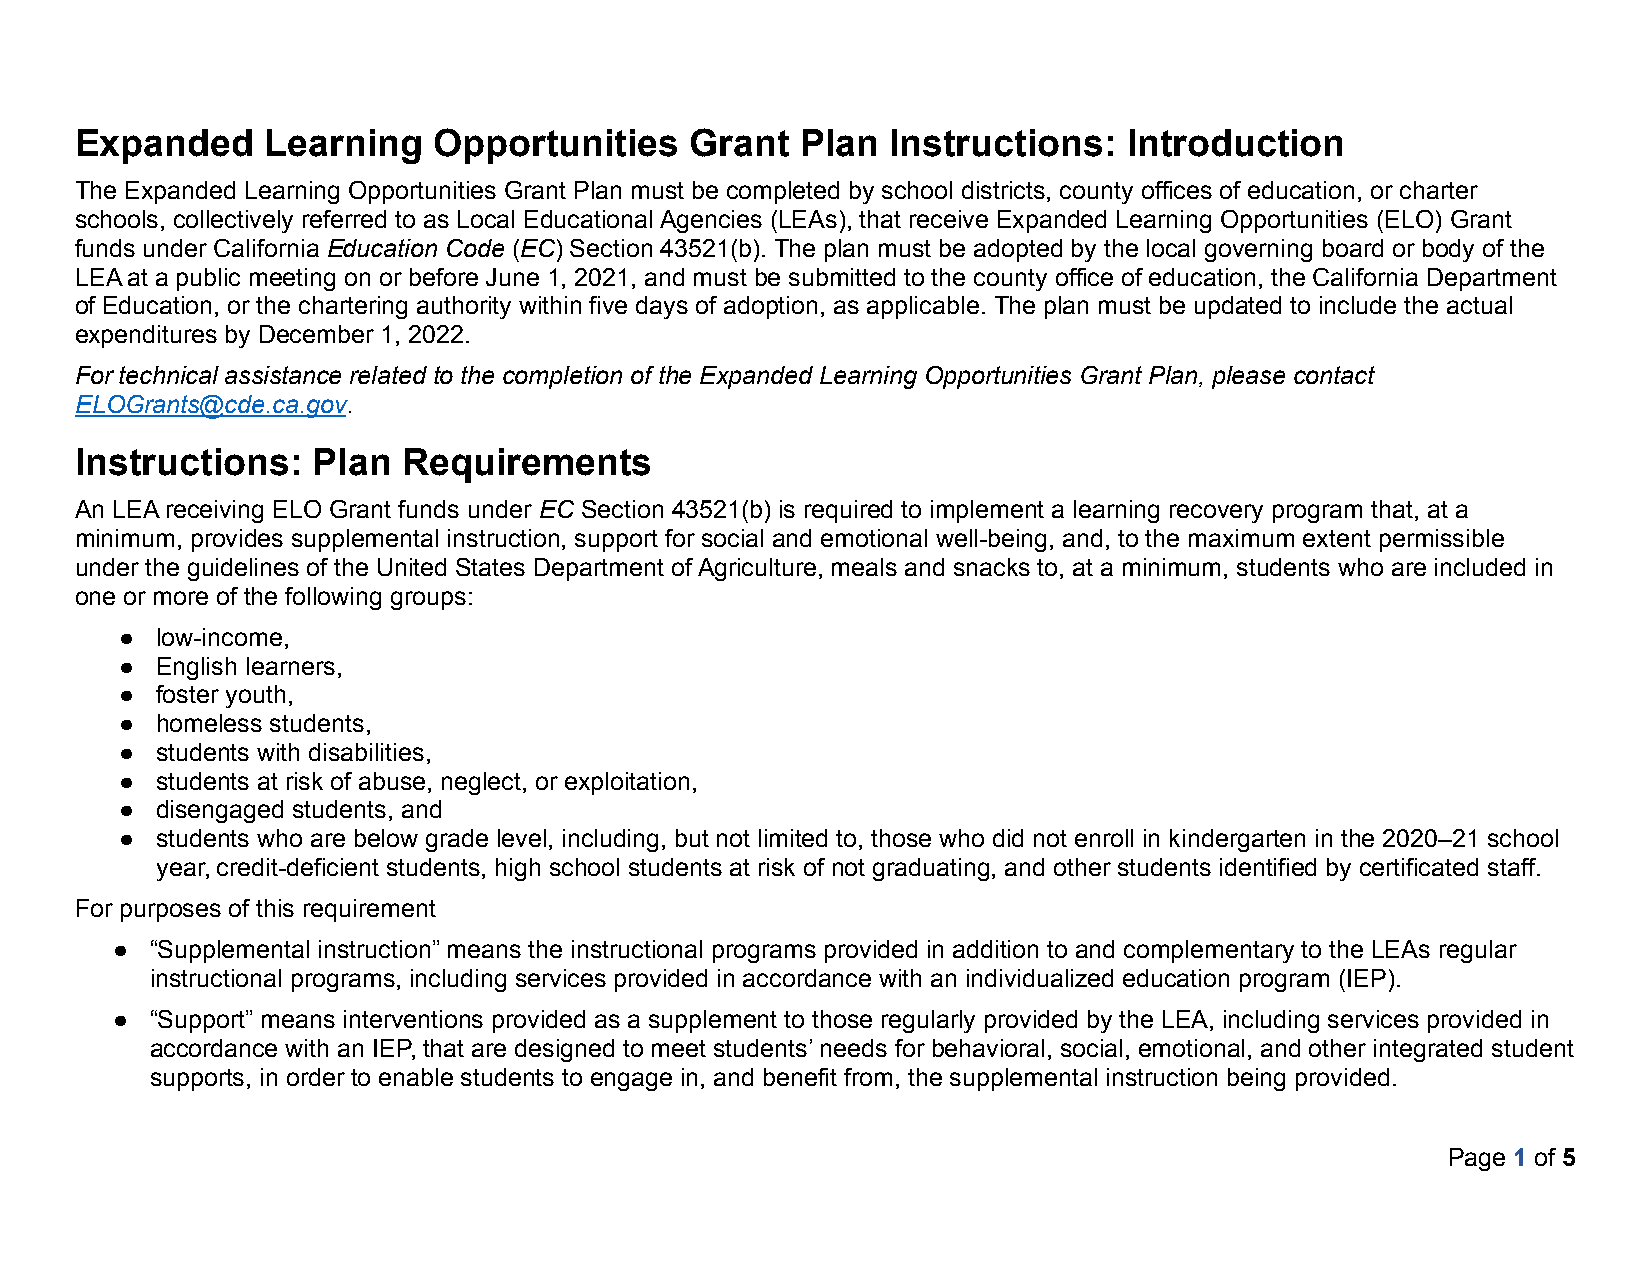
Expanded     Learning   Opportunities    Grant  Plan  Instructions:   Introduction
 The Expanded Learning Opportunities Grant Plan must be completed by school districts, county offices of education, or charter
 schools, collectively referred to as Local Educational Agencies (LEAs), that receive Expanded Learning Opportunities (ELO) Grant
 funds under California Education Code (EC) Section 43521(b). The plan must be adopted by the local governing board or body of the
 LEA at a public meeting on or before June 1, 2021, and must be submitted to the county office of education, the California Department
 of Education, or the chartering authority within five days of adoption, as applicable. The plan must be updated to include the actual
 expenditures by December 1, 2022.
 For technical assistance related to the completion of the Expanded Learning Opportunities Grant Plan, please contact
 ELOGrants@cde.ca.gov.
 Instructions:   Plan  Requirements
 An LEA receiving ELO Grant funds under EC Section 43521(b) is required to implement a learning recovery program that, at a
 minimum, provides supplemental instruction, support for social and emotional well-being, and, to the maximum extent permissible
 under the guidelines of the United States Department of Agriculture, meals and snacks to, at a minimum, students who are included in
 one or more of the following groups:
 ● low-income,
 ● English learners,
 ● foster youth,
 ● homeless students,
 ● students with disabilities,
 ● students at risk of abuse, neglect, or exploitation,
 ● disengaged students, and
 ● students who are below grade level, including, but not limited to, those who did not enroll in kindergarten in the 2020–21 school
 year, credit-deficient students, high school students at risk of not graduating, and other students identified by certificated staff.
 For purposes of this requirement
 ●  “Supplemental instruction” means the instructional programs provided in addition to and complementary to the LEAs regular
 instructional programs, including services provided in accordance with an individualized education program (IEP).
 ●  “Support” means interventions provided as a supplement to those regularly provided by the LEA, including services provided in
 accordance with an IEP, that are designed to meet students’ needs for behavioral, social, emotional, and other integrated student
 supports, in order to enable students to engage in, and benefit from, the supplemental instruction being provided.
 Page 1 of 5